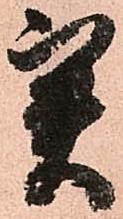
実